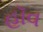
હૉવ